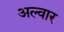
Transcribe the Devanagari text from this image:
अल्वार